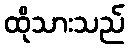
ထိုသားသည်